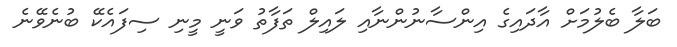
ބަލާ ބެލުމަށް އާދައިގެ އިންސާނުންނާއި ލައިލް ތަފާތު ވަނީ މީނި ސިފައެކޭ ބުނެވޭނެ